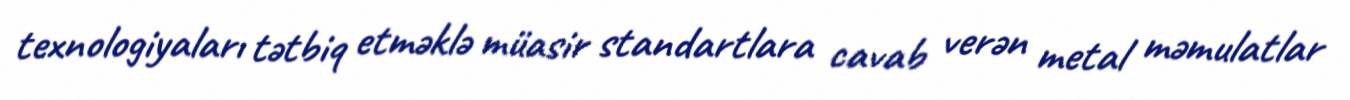
texnologiyaları tətbiq etməklə müasir standartlara cavab verən metal məmulatlar